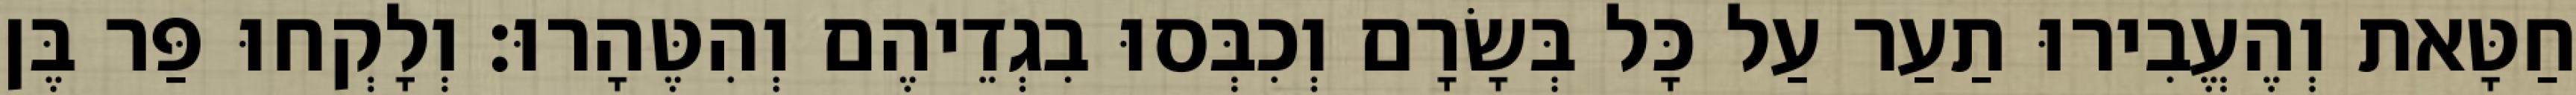
חַטָּאת וְהֶעֱבִירוּ תַעַר עַל כָּל בְּשָׂרָם וְכִבְּסוּ בִגְדֵיהֶם וְהִטֶּהָרוּ׃ וְלָקְחוּ פַּר בֶּן